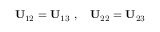
{ \bf U } _ { 1 2 } = { \bf U } _ { 1 3 } \ , \quad { \bf U } _ { 2 2 } = { \bf U } _ { 2 3 } \quad